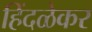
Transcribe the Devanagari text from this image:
हिंदळेकर